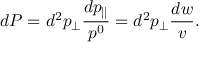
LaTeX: d P = d ^ { 2 } p _ { \perp } { \frac { d p _ { \parallel } } { p ^ { 0 } } } = d ^ { 2 } p _ { \perp } { \frac { d w } { v } } .